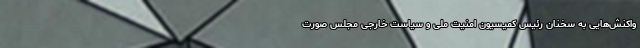
واکنش‌هایی به سخنان رئیس کمیسیون امنیت ملی و سیاست خارجی مجلس صورت